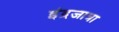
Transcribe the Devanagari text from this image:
इंद्रजात्रा